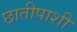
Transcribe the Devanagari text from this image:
छातीपाशी